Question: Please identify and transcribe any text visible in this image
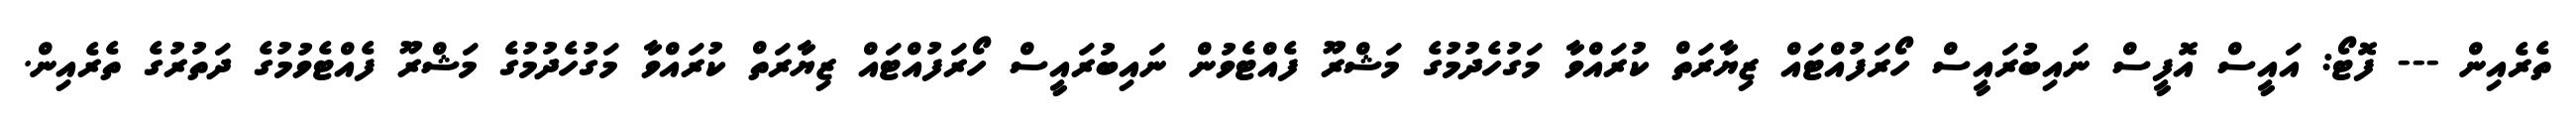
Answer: ތެރެއިން --- ފޮޓޯ: އައީސް އޮފީސް ނައިބުރައީސް ހޯރަފުއްޓައް ޒިޔާރަތް ކުރައްވާ މަގުހެދުމުގެ މަޝްރޫ ފެއްޓެވުން ނައިބުރައީސް ހޯރަފުއްޓައް ޒިޔާރަތް ކުރައްވާ މަގުހެދުމުގެ މަޝްރޫ ފެއްޓެވުމުގެ ދަތުރުގެ ތެރެއިން.